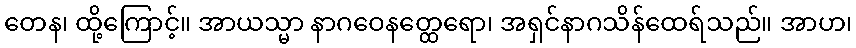
တေန၊ ထို့ကြောင့်။ အာယသ္မာ နာဂဝေနတ္ထေရော၊ အရှင်နာဂသိန်ထေရ်သည်။ အာဟ၊